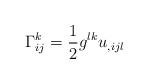
\begin{align*}\Gamma_{ij}^k=\frac{1}{2}g^{lk}u_{,ijl}\end{align*}